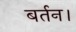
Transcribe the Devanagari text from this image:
बर्तन।